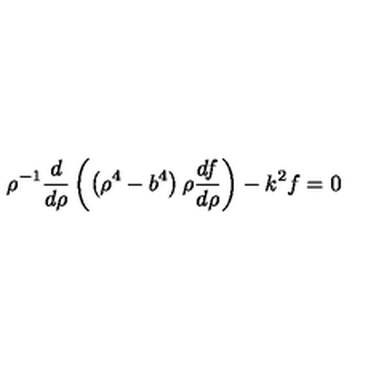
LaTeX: \rho ^ { - 1 } { \frac { d } { d \rho } } \left( \left( \rho ^ { 4 } - b ^ { 4 } \right) \rho { \frac { d f } { d \rho } } \right) - k ^ { 2 } f = 0